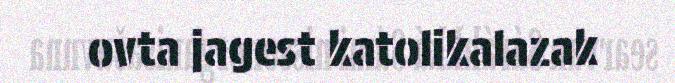
ovta jagest katolikalazak